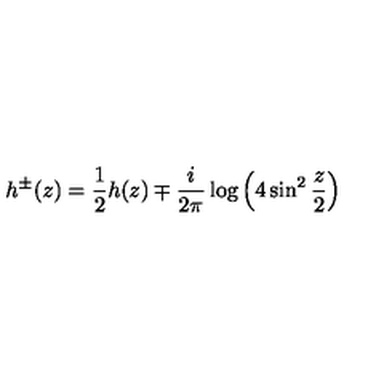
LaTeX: h ^ { \pm } ( z ) = \frac { 1 } { 2 } h ( z ) \mp \frac { i } { 2 \pi } \log \left( 4 \sin ^ { 2 } \frac { z } { 2 } \right)